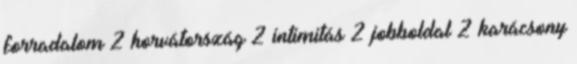
forradalom 2 horvátország 2 intimitás 2 jobboldal 2 karácsony